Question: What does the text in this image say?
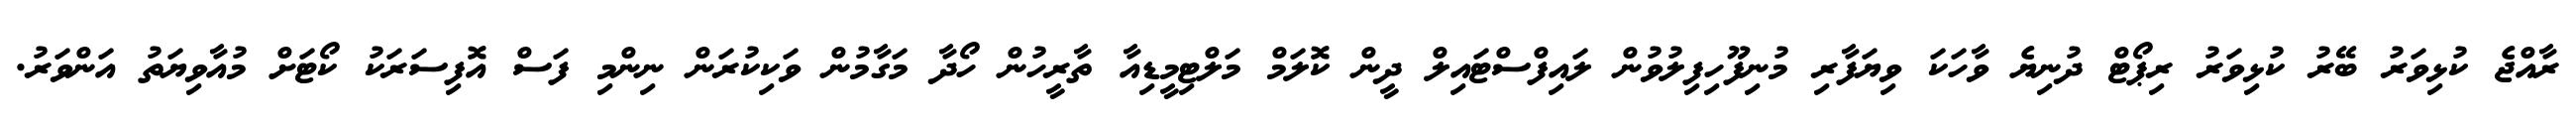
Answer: ރާއްޖެ ކުޅިވަރު ބޭރު ކުޅިވަރު ރިޕޯޓް ދުނިޔެ ވާހަކަ ވިޔަފާރި މުނިފޫހިފިލުވުން ލައިފްސްޓައިލް ދީން ކޮލަމް މަލްޓިމީޑިއާ ތާރީހުން ހޯދާ މަގާމުން ވަކިކުރަން ނިންމި ފަސް އޮފިސަރަކު ކޯޓަށް މުއާވިޔަތު އަންވަރު.